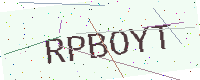
Text: RPBOYT